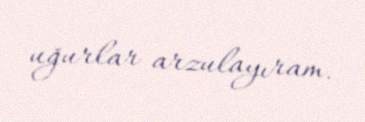
uğurlar arzulayıram.